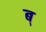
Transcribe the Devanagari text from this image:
ब्‌